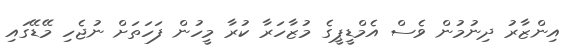
އިންޒާރު ދިނުމުން ވެސް އެމްޑީޕީގެ މުޒާހަރާ ކުރާ މީހުން ފަހަތަށް ނުޖެހި މޭޑޭގައި